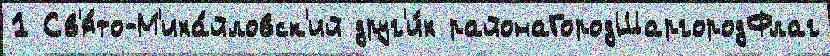
1 Св'я́то-М'иха́йловск'ий друг'и́х районаГородШаргородФлаг